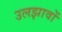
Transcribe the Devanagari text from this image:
उलझावों